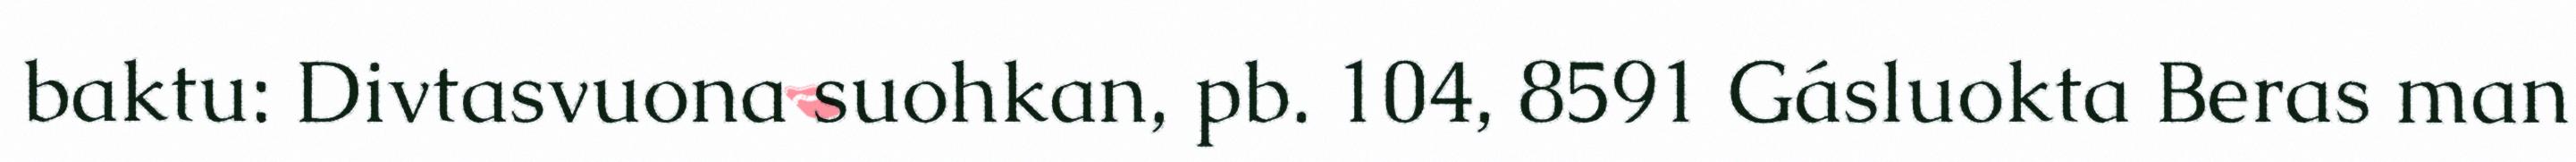
baktu: Divtasvuona suohkan, pb. 104, 8591 Gásluokta Beras man